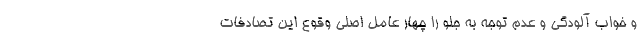
و خواب آلودگی و عدم توجه به جلو را چهار عامل اصلی وقوع این تصادفات